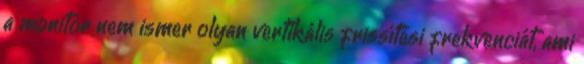
a monitor nem ismer olyan vertikális frissítési frekvenciát, ami